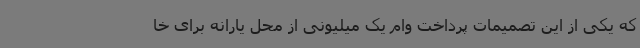
که یکی از این تصمیمات پرداخت وام یک میلیونی از محل یارانه برای خا